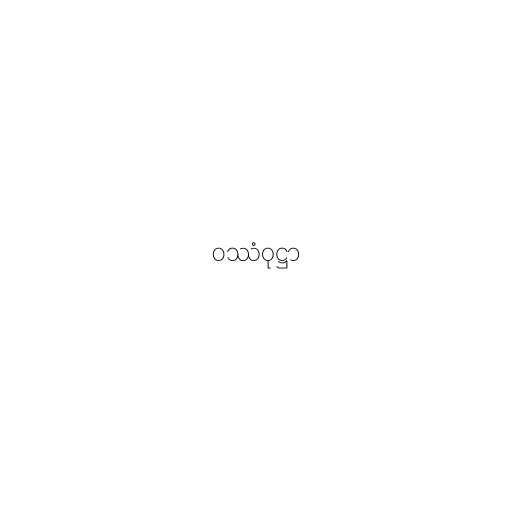
ဝဿံဝုဋ္ဌာ